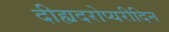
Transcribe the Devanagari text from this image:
दीह्यदरोप्यरीदिन